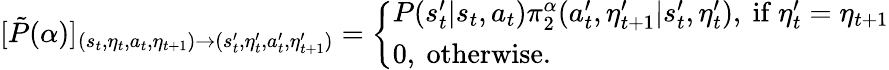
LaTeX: \begin{array}{r}{[\tilde{P}(\alpha)]_{(s_{t},\eta_{t},a_{t},\eta_{t+1})\to(s_{t}^{\prime},\eta_{t}^{\prime},a_{t}^{\prime},\eta_{t+1}^{\prime})}=\left\{ \begin{array}{ll}{P(s_{t}^{\prime}|s_{t},a_{t})\pi_{2}^{\alpha}(a_{t}^{\prime},\eta_{t+1}^{\prime}|s_{t}^{\prime},\eta_{t}^{\prime}),\ \mathrm{if~}\eta_{t}^{\prime}=\eta_{t+1}}\\ {0,\ \mathrm{otherwise}.}\end{array}\right.}\end{array}